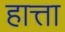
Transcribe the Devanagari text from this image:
हात्ता